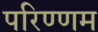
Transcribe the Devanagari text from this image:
परिण्णम